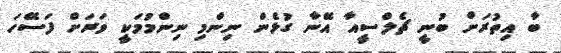
ބާ އިތުރަށް ބުނީ ޗެލްސީއާ އޭނާ ގުޅެން ނިންމި ނިންމުމަކީ ވަރަށް ފަސޭހަ